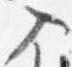
入